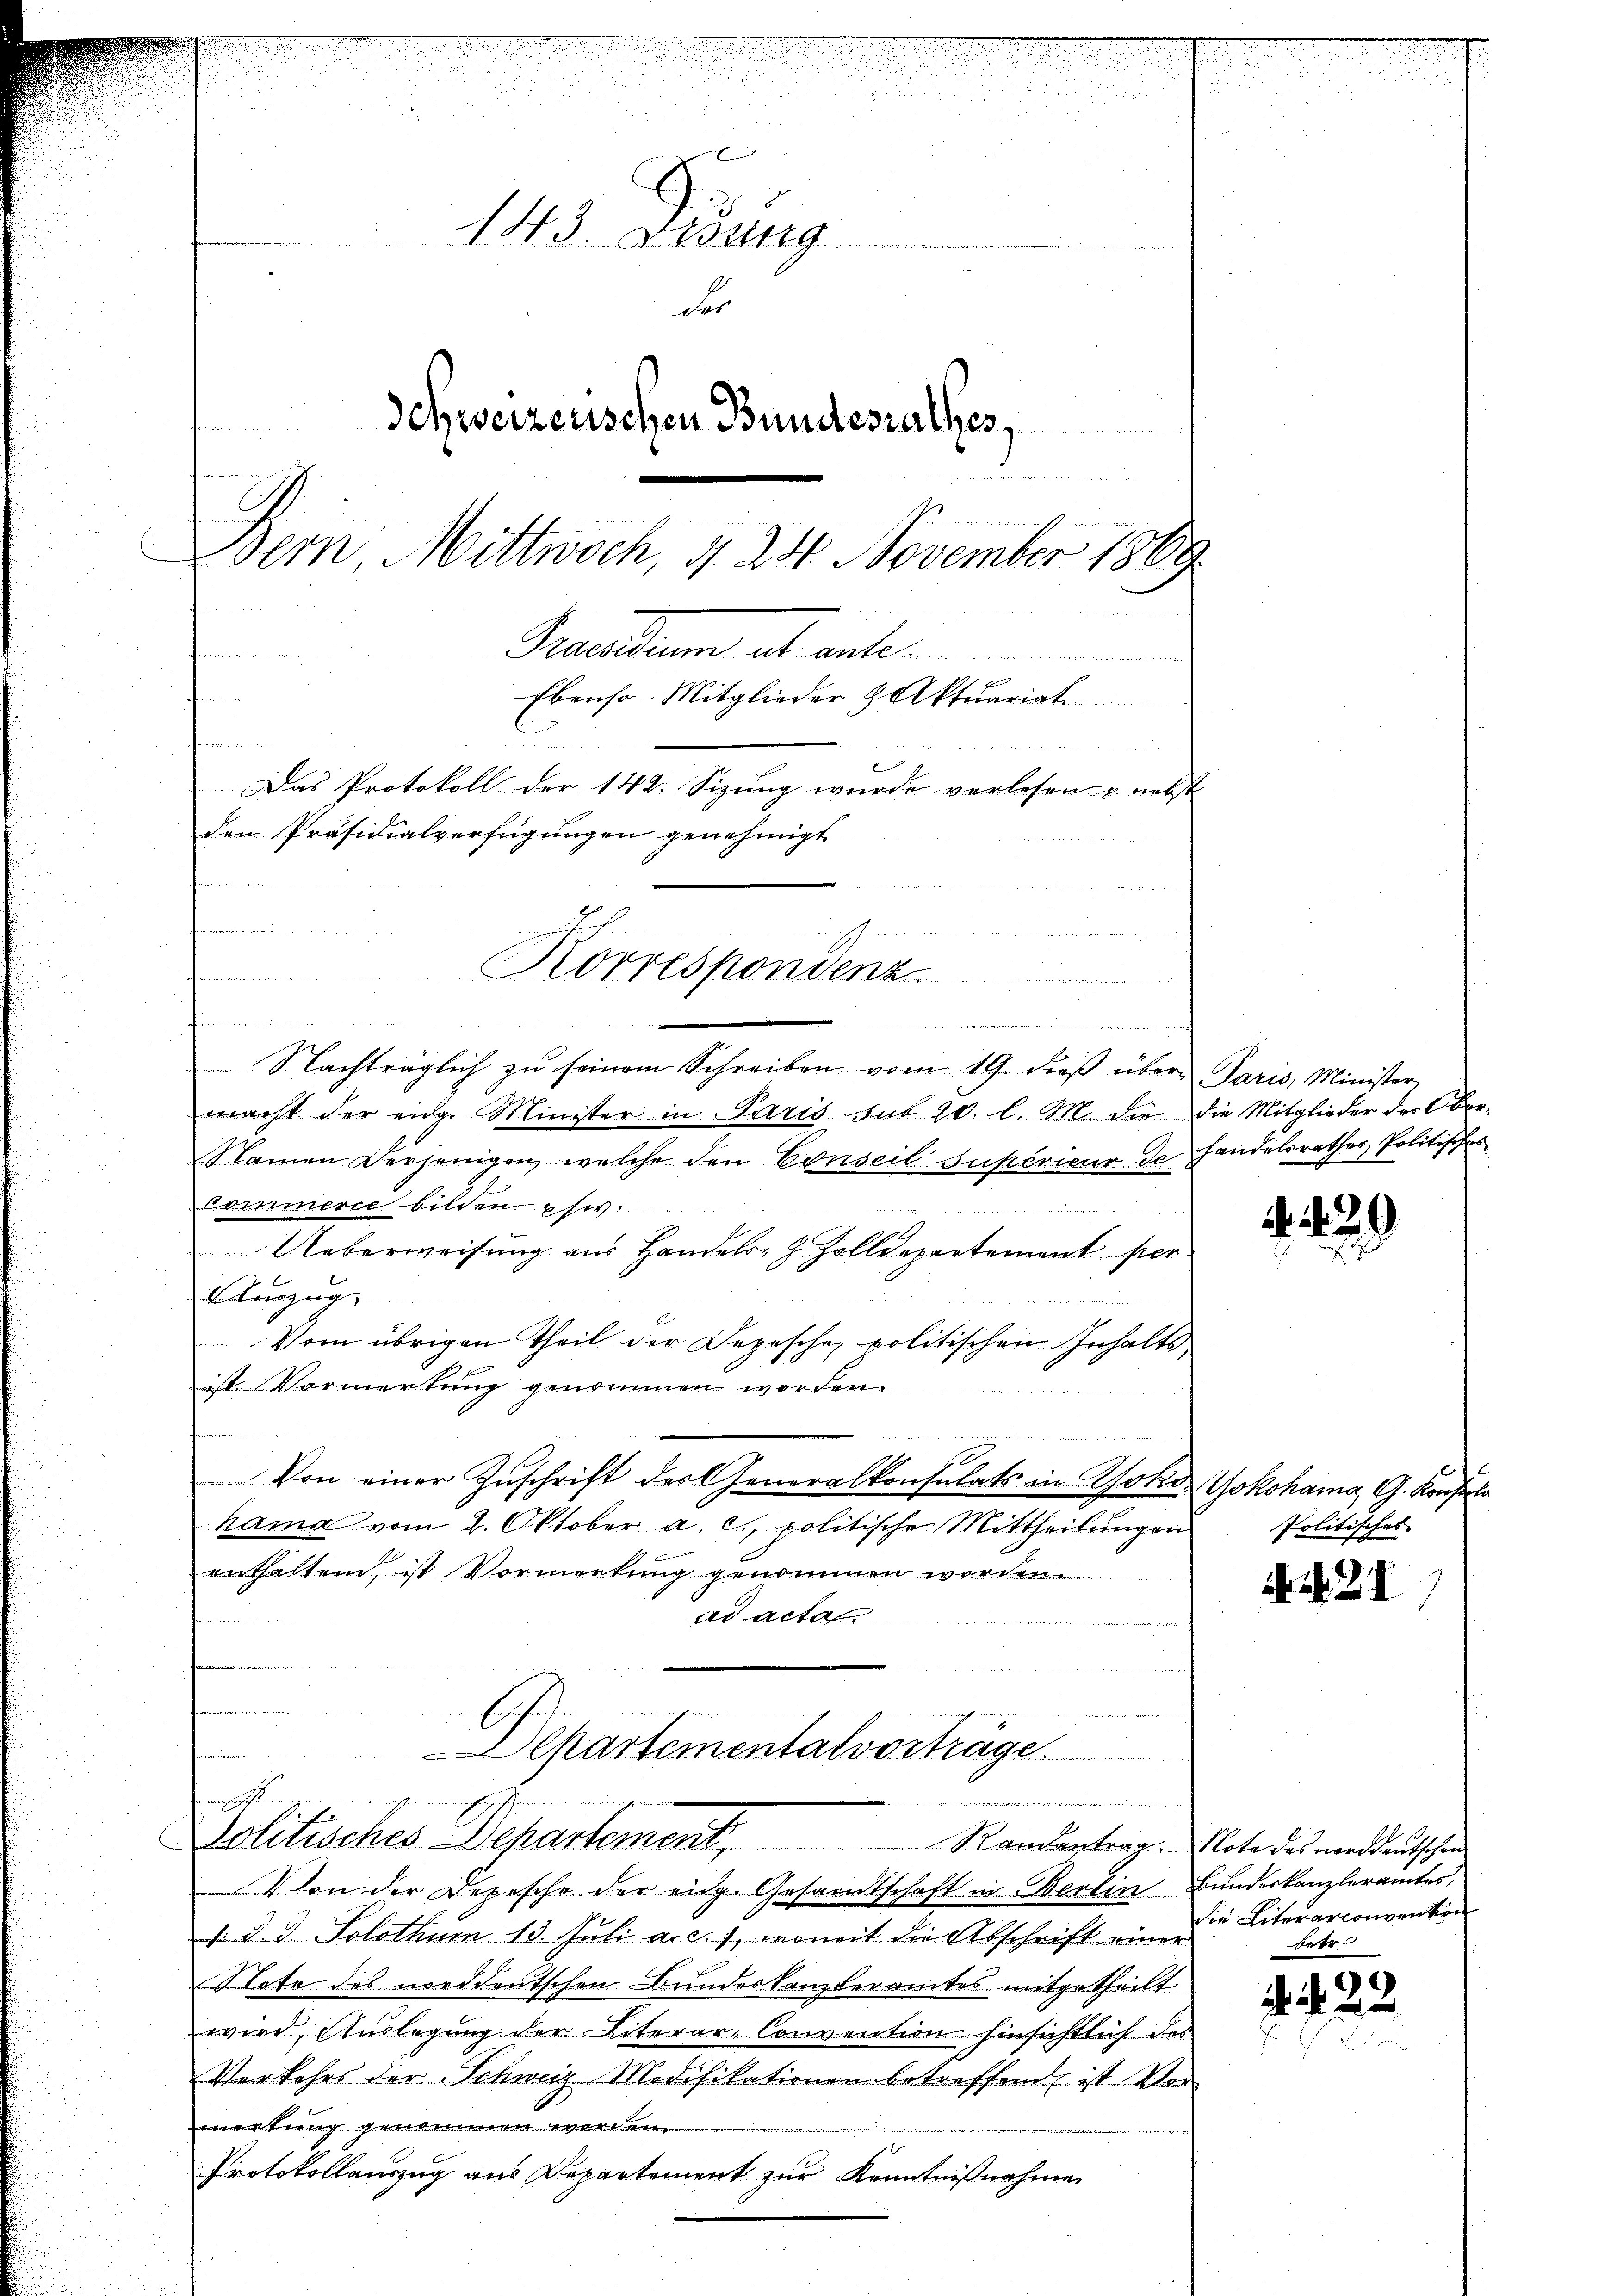
F
n
143. Lesung
Fes
Schwerzenschen Bundesrathes,
ieen seinen
Bern Mittwoch, d. 24. November 1889.
Paudium et ante.
u
m
Ebenso. Mitglieder & Aktuariat
e
Das Protokoll der 142. Sizung wurde verlesen u. nebst
den Präsidialverfügungen genehmigt
m

e

Korrespondenz

Departemental vorträge.
gewesen
enrich

Politisches Departement,
 Von der Depesche der eidg. Gesandtschaft in Berlin Bundeskanzleramtes,

kommen.
Gammann innimmen
du es
Nachträglich zŭ seinem Schreiben vom 19. dieβ über Paris, Minister
macht der eige Minister in Paris sub 20. l. M. die die Mitglieder des Ober-
Namen derjenigen, welche den Conseil supérieur de Handelsrathes, Politisches
Commerie bilden usw.
un in ewige
Ueberweisung aus Handels- & Zolldepartement per
Auszug
Vom übrigen Theil der Depesche politischen Inhalts¬
E
ist Vormerkung genommen worden.
Von einer Zŭschrift des Generalkonsulats in Gold Yokohama, G. Konsula
hama vom 2. Oktober a. c. politische Mittheilŭngen
enthalten, ist Vormerkŭng genommen worden
ad acta
n

v. J. J. Solothum 13. Juli a. c., womit die Abschrift einer
Note des norddeutschen Bundeskanzleramtes mitgetheilt
wird, Auslegung der Literer-Convention hinsichtlich des
Verkehrs der Schweiz Modifikationen betreffend, ist Ver-
wertung genommen worden
Protokollauszug aus Departement zur Kenntnißnahmen

Randantrag. Note des norddeutschen.

229

Politisches

21

die Literarconventen
betr.

)
. . 2